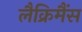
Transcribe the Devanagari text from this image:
लैक्रिमैंस